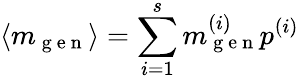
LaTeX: \langle m_{\mathrm{~g~e~n~}}\rangle=\sum_{i=1}^{s}m_{\mathrm{~g~e~n~}}^{(i)}p^{(i)}